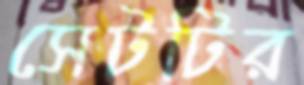
সেটটির